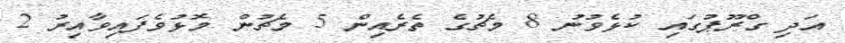
އަދި ގްރޫޕުގައި ކުޅެވުނު 8 މެޗުގެ ތެރެއިން 5 މެޗުން މޮޅުވެފައިވާއިރު 2